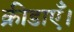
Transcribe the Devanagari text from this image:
क्रीडाएँ।